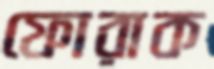
ফোরাক